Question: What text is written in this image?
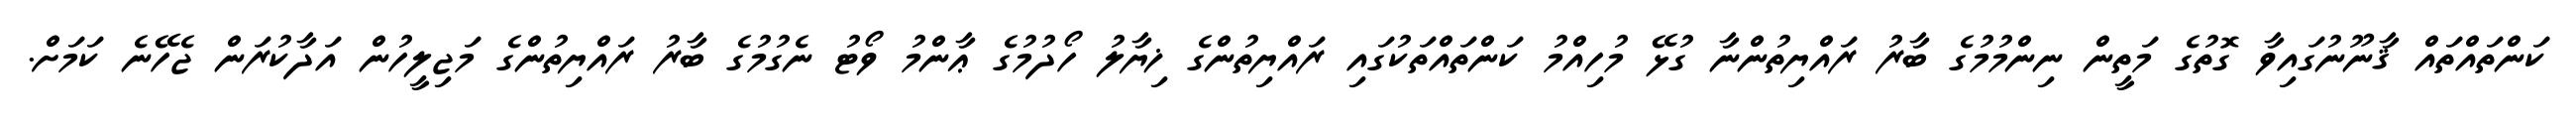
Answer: ކަންތައްތައް ޤާނޫނުގައިވާ ގޮތުގެ މަތީން ނިންމުމުގެ ބާރު ރައްޔިތުންނާ ގުޅޭ މުހިއްމު ކަންތައްތަކުގައި ރައްޔިތުންގެ ޚިޔާލު ހޯދުމުގެ ޢާންމު ވޯޓު ނެގުމުގެ ބާރު ރައްޔިތުންގެ މަޖިލީހުން އަދާކުރަން ޖެހޭނެ ކަމަށް.